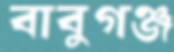
বাবুগঞ্জ